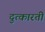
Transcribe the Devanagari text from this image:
दुत्कारती